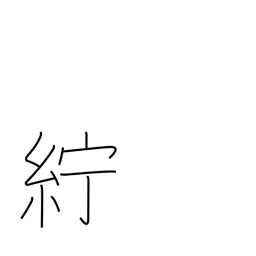
Meaning: linen